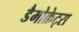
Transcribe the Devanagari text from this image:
डैमोक्रेट्स